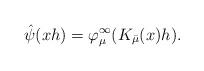
LaTeX: \begin{align*}\hat\psi(xh) = \varphi_\mu^\infty(K_{\bar\mu}(x)h).\end{align*}